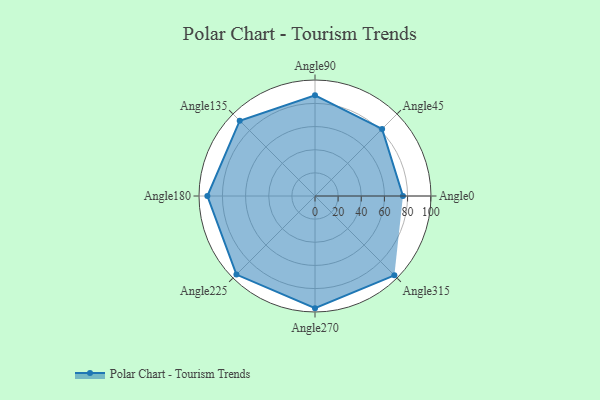
{"axis": {"x": "Angle", "y": "Radius"}, "legend": [""], "data": [{"x": "Angle0", "y": 76.0, "type": ""}, {"x": "Angle45", "y": 82.0, "type": ""}, {"x": "Angle90", "y": 87.0, "type": ""}, {"x": "Angle135", "y": 92.0, "type": ""}, {"x": "Angle180", "y": 93.0, "type": ""}, {"x": "Angle225", "y": 96.0, "type": ""}, {"x": "Angle270", "y": 97.0, "type": ""}, {"x": "Angle315", "y": 97.0, "type": ""}]}